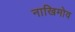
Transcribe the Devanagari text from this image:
नाखिमोव